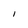
Character: I